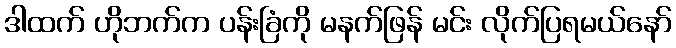
ဒါထက် ဟိုဘက်က ပန်းခြံကို မနက်ဖြန် မင်း လိုက်ပြရမယ်နော်